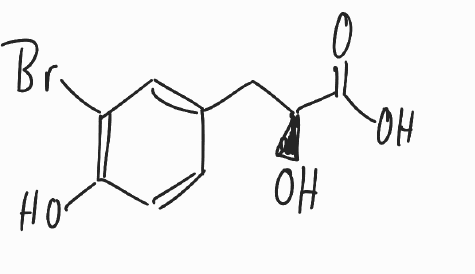
Simplified molecular-input line-entry system (SMILES) notation of the given molecule:
C1=CC(=C(C=C1C[C@@H](C(=O)O)O)Br)O